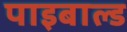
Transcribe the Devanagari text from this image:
पाइबाल्ड